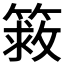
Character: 𰪔